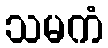
သမကံ